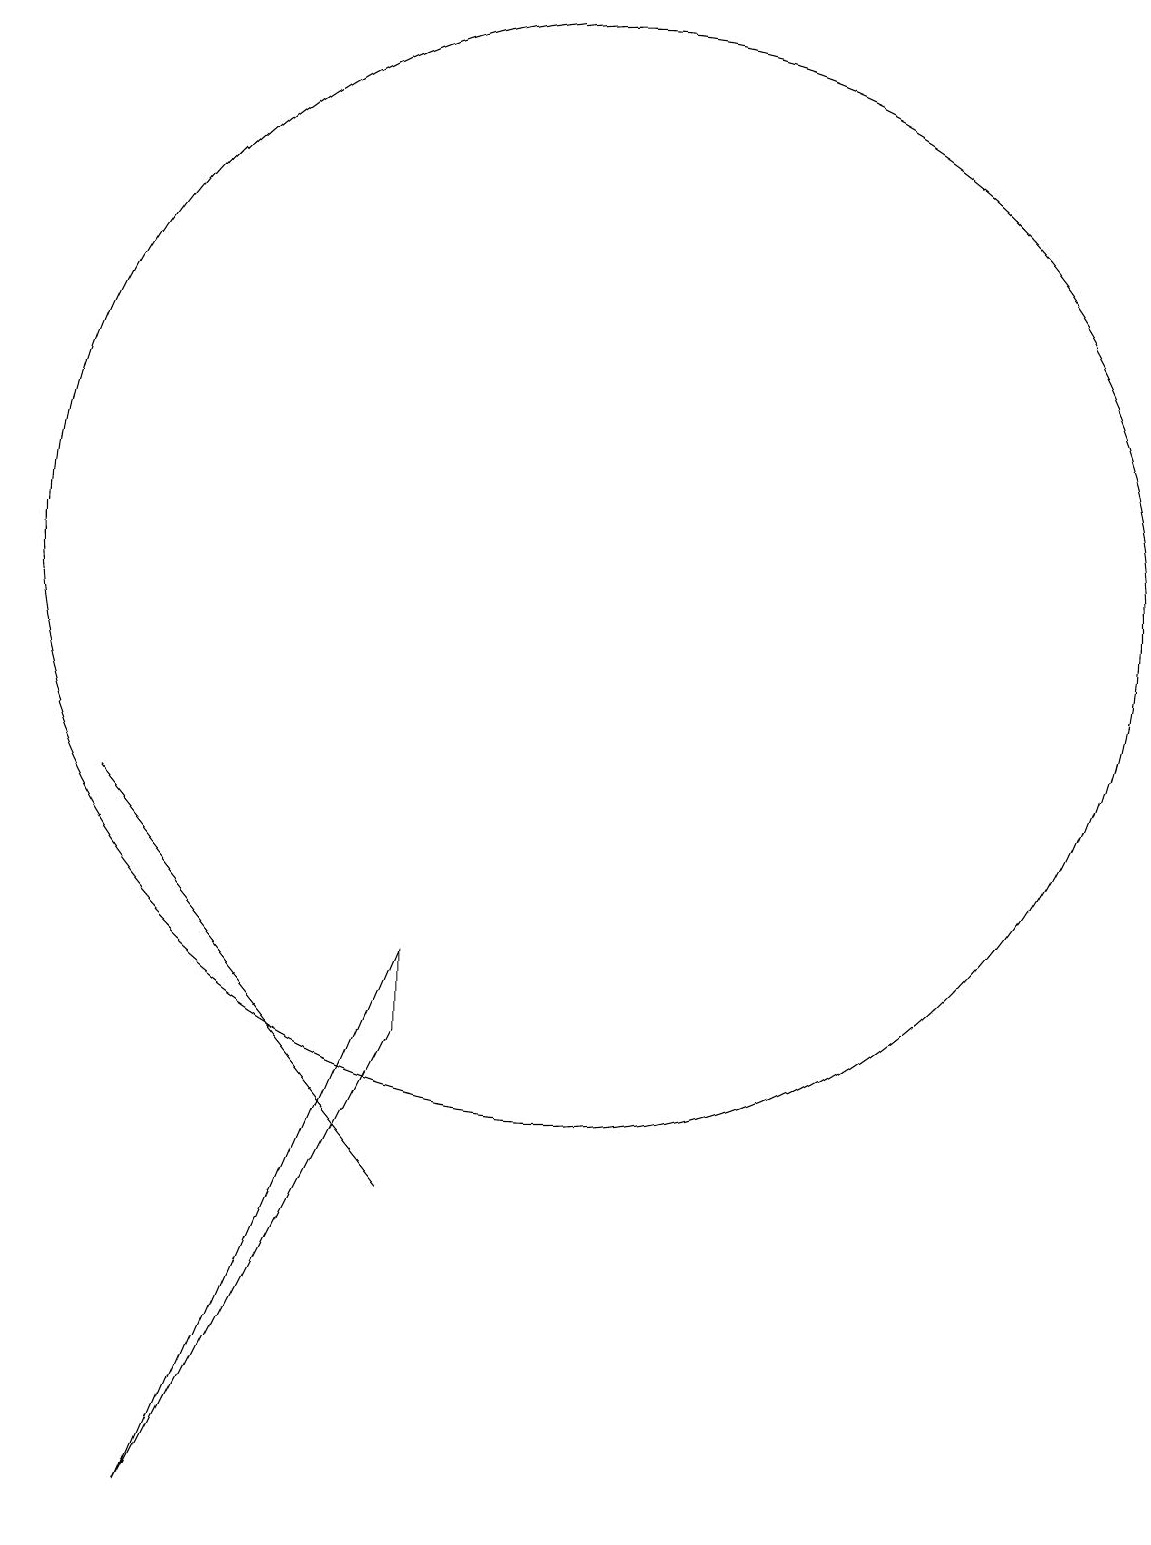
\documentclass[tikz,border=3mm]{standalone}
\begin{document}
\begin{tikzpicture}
\draw (8,7) -- (8,6) -- (5,0) -- cycle;
\draw (4,9) -- (4,9) -- (8,4) -- cycle;
\draw (10,12) circle (7);
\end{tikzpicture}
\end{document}